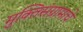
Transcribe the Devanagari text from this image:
मुक्तिसंग्रामाचे